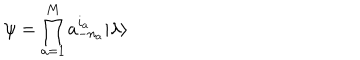
LaTeX: \psi = \prod _ { a = 1 } ^ { M } a _ { - n _ { a } } ^ { i _ { a } } | \lambda \rangle